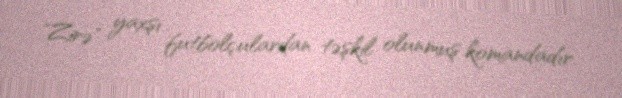
"Zirə" yaxşı futbolçulardan təşkil olunmuş komandadır.